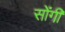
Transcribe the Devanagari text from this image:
सोंगी